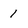
Character: 1